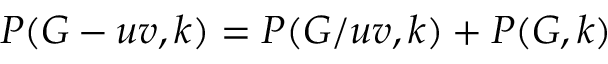
P ( G - u v , k ) = P ( G / u v , k ) + P ( G , k )